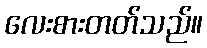
လေးစားတတ်သည်။